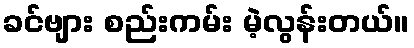
ခင်ဗျား စည်းကမ်း မဲ့လွန်းတယ်။